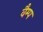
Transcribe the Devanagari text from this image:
वैम्प